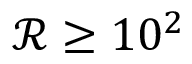
\mathcal { R } \geq 1 0 ^ { 2 }